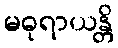
မဓုရာယန္တိ